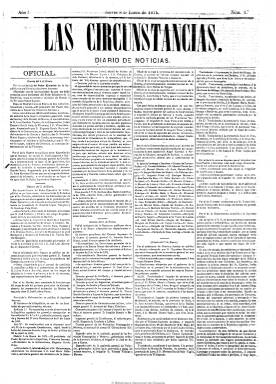
Título: Las Circunstancias (Madrid)
Colección: Periódicos
Ámbito geográfico: Madrid
Lugar de publicación: Madrid
Fechas: 08/01/1874-06/03/1874

Tras el golpe del general Manuel Pavía, el 3 de enero de 1874, serán suprimidas las publicaciones periódicas cantonales y carlistas, y como alternativa a La esperanza aparecerá este “diario de noticias”, tal como reza su subtítulo. Al igual que el decano de la prensa carlista al que sustituye, se publicará todos los días, excepto domingos y festivos, en su misma imprenta, a cargo de E. F. Moreno, con sus mismas características tipográficas, sede administrativa y puntos de suscripción. Incluso continuará el folletín que La esperanza estaba publicando cuando desaparece.

El título del periódico es significativo, ya que hace mención al término al uso con el que era calificado el nuevo régimen republicano del general Francisco Serrano. A Las circunstancias se le prohibirá publicar artículos políticos o doctrinales y sólo se le permitirá una revista de prensa y noticias gubernamentales, es decir, copiar lo publicado por otros periódicos, aunque dos de sus secciones estarán especializadas en noticias de la guerra carlista y a un boletín religioso, por cuyos contenidos llega a ser suspendido temporalmente y multado en su corta vida de existencia, pues desparecerá el 6 de marzo de 1874, precisamente cuando se recrudece la guerra civil carlista. Incluirá también algunas gacetillas culturales y noticias comerciales y meteorológicas de Madrid, y muy pronto la cuarta plana la consagrará a anuncios comerciales.

Entre sus redactores y colaboradores destacan personas vinculadas estrechamente con la desaparecida publicación carlista a la que sustituyó y pudo ser dirigido por el periodista y político José Luis Albareda y Sedze (1826-18979.